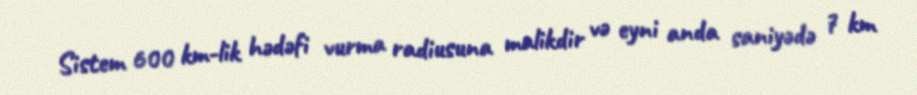
Sistem 600 km-lik hədəfi vurma radiusuna malikdir və eyni anda saniyədə 7 km